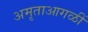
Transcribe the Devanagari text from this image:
अमृताआगळीं